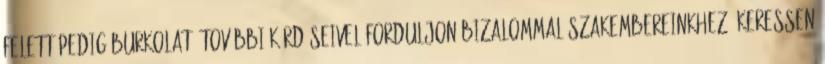
felett pedig burkolat. További kérdéseivel forduljon bizalommal szakembereinkhez, keressen